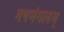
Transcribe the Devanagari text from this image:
मषमंगलम्